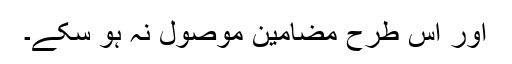
اور اس طرح مضامین موصول نہ ہو سکے۔